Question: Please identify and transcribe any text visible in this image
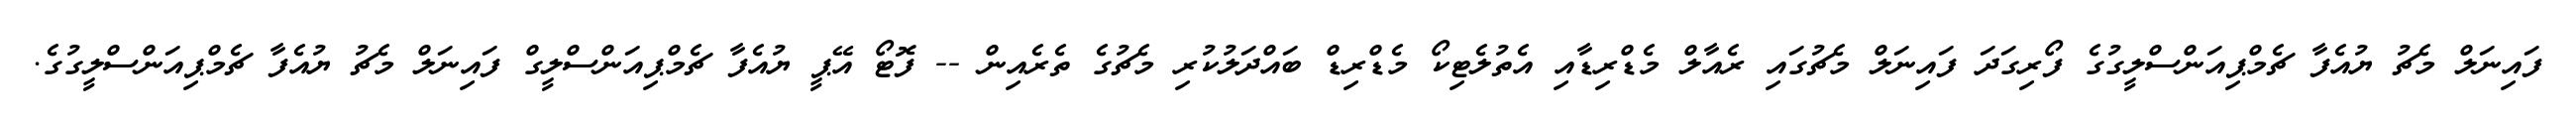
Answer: ފައިނަލް މެޗު ޔުއެފާ ޗެމްޕިއަންސްލީގުގެ ފޯރިގަދަ ފައިނަލް މެޗުގައި ރެއާލް މެޑްރިޑާއި އެތުލެޓިކޯ މެޑްރިޑް ބައްދަލުކުރި މެޗުގެ ތެރެއިން -- ފޮޓޯ އޭޕީ ޔުއެފާ ޗެމްޕިއަންސްލީގް ފައިނަލް މެޗު ޔުއެފާ ޗެމްޕިއަންސްލީގުގެ.